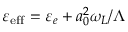
\varepsilon _ { \mathrm { e f f } } = \varepsilon _ { e } + a _ { 0 } ^ { 2 } \omega _ { L } / \Lambda